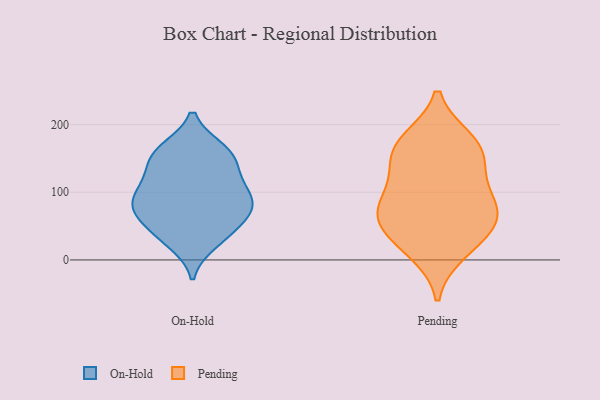
{"axis": {"x": "Website Visitors", "y": "Value"}, "legend": ["On-Hold", "Pending"], "data": [{"x": "", "y": 143, "type": "On-Hold"}, {"x": "", "y": 102, "type": "On-Hold"}, {"x": "", "y": 68, "type": "On-Hold"}, {"x": "", "y": 76, "type": "On-Hold"}, {"x": "", "y": 86, "type": "On-Hold"}, {"x": "", "y": 161, "type": "On-Hold"}, {"x": "", "y": 35, "type": "On-Hold"}, {"x": "", "y": 25, "type": "On-Hold"}, {"x": "", "y": 107, "type": "On-Hold"}, {"x": "", "y": 143, "type": "On-Hold"}, {"x": "", "y": 127, "type": "On-Hold"}, {"x": "", "y": 36, "type": "On-Hold"}, {"x": "", "y": 65, "type": "On-Hold"}, {"x": "", "y": 164, "type": "On-Hold"}, {"x": "", "y": 85, "type": "On-Hold"}, {"x": "", "y": 64, "type": "On-Hold"}, {"x": "", "y": 164, "type": "On-Hold"}, {"x": "", "y": 100, "type": "On-Hold"}, {"x": "", "y": 127, "type": "Pending"}, {"x": "", "y": 175, "type": "Pending"}, {"x": "", "y": 177, "type": "Pending"}, {"x": "", "y": 101, "type": "Pending"}, {"x": "", "y": 55, "type": "Pending"}, {"x": "", "y": 66, "type": "Pending"}, {"x": "", "y": 72, "type": "Pending"}, {"x": "", "y": 12, "type": "Pending"}, {"x": "", "y": 84, "type": "Pending"}, {"x": "", "y": 52, "type": "Pending"}, {"x": "", "y": 151, "type": "Pending"}, {"x": "", "y": 161, "type": "Pending"}, {"x": "", "y": 24, "type": "Pending"}]}